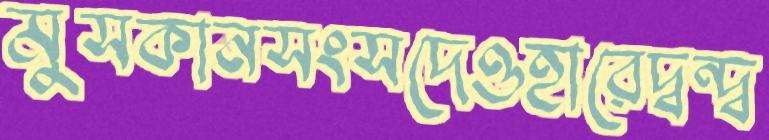
মুসকানসংসদেওহারেদ্বন্দ্ব